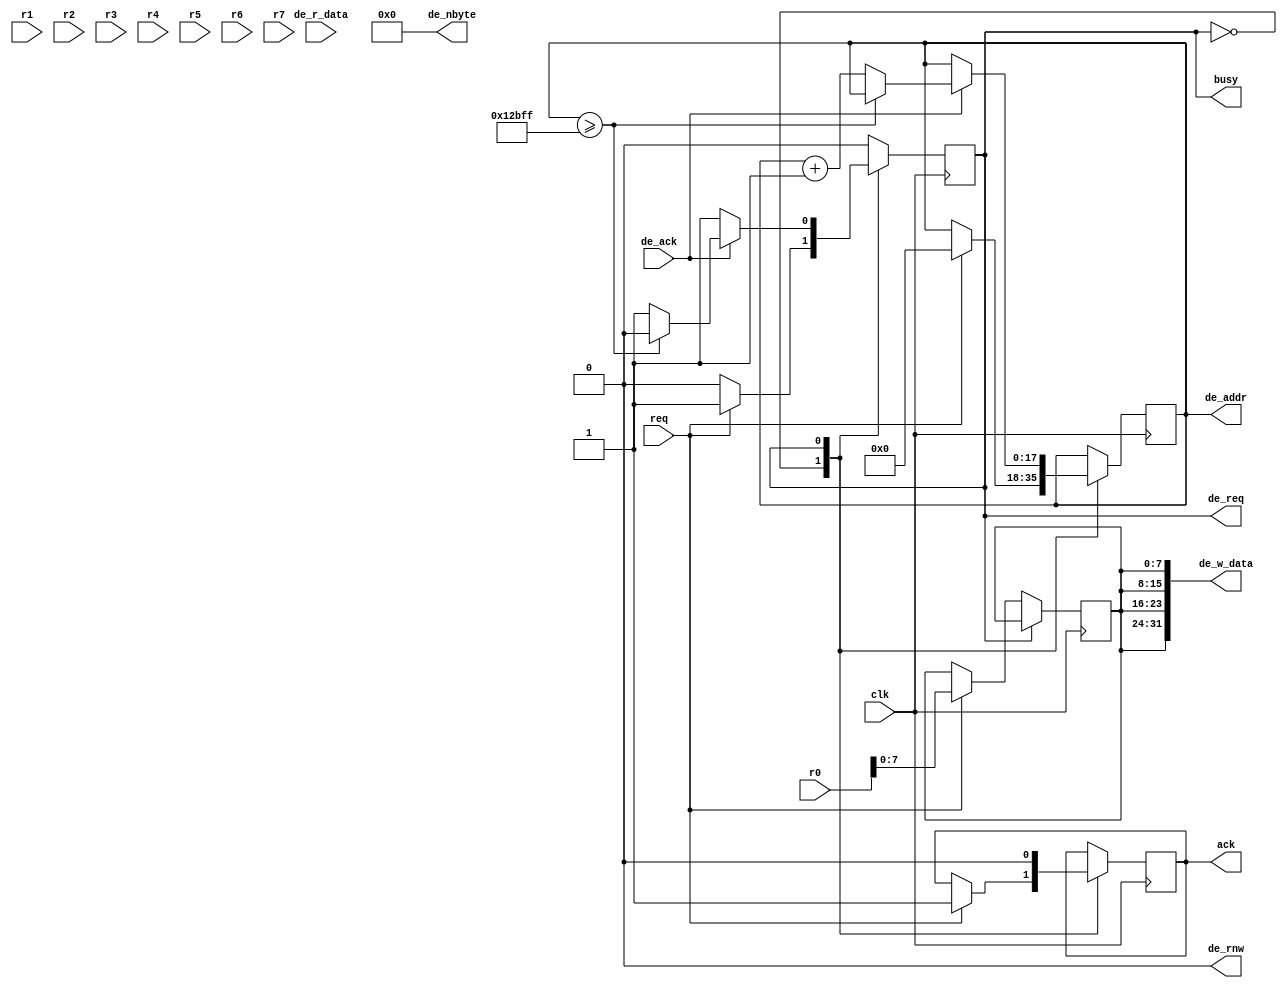
// Verilog HDL for "COMP32211", "drawing_clear" "functional"
// This unit fills the screen with the specified colour value
// J. Garside
// University of Manchester; School of CS
// January 2015

`define X_SIZE  640			// Dimensions in pixels
`define Y_SIZE  480

`define IDLE      0			// Not active
`define BUSY      1			// Trying to output a word

module drawing_clear( input  wire        clk,
                      input  wire        req,
                      output reg         ack,
                      output wire        busy,
                      input  wire [15:0] r0,
                      input  wire [15:0] r1,
                      input  wire [15:0] r2,
                      input  wire [15:0] r3,
                      input  wire [15:0] r4,
                      input  wire [15:0] r5,
                      input  wire [15:0] r6,
                      input  wire [15:0] r7,
                      output wire        de_req,
                      input  wire        de_ack,
                      output reg  [17:0] de_addr,
                      output wire  [3:0] de_nbyte,
                      output wire        de_rnw,
                      output wire [31:0] de_w_data,
                      input  wire [31:0] de_r_data );

reg         draw_state;			// Main FSM state variable
reg   [7:0] colour;			// Internal parameter
initial draw_state = `IDLE;		// Can set state on FPGA
initial ack        = 0;

always @ (posedge clk)			// Finite State Machine
  case (draw_state)

    `IDLE:
      begin
      if (req)				// Wait for processor request
        begin
        ack     <= 1;			// Acknowledge start of operation
	colour  <= r0[7:0];		// Latch any needed parameter values
        de_addr <= 0;			// Initialise any internal state
        draw_state <= `BUSY;		// Get busy
        end
      end

    `BUSY:
      begin
      ack <= 0;			        // Remove acknowledge
      if (de_ack)			// When requested write operation has begun ...
        begin				// Compare -word- address
	if (de_addr >= ((`X_SIZE * `Y_SIZE)>>2) - 1)
          draw_state <= `IDLE;	// Finished
        else
          de_addr <= de_addr + 1;	// else set up for next request
        end
      end

  endcase

assign de_req = (draw_state == `BUSY);	// Draw requests consecutive when active
assign de_rnw =  0;			// Only ever write
assign de_nbyte = 4'b0000;		// Always write whole words
assign de_w_data = {4{colour}};		// Duplicate colour through word
assign busy = (draw_state == `BUSY);	// Indicates drawing engine active

endmodule